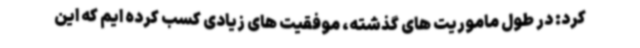
کرد: در طول ماموریت های گذشته، موفقیت های زیادی کسب کرده ایم که این